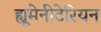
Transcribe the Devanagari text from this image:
ह्यूमेनीटेरियन